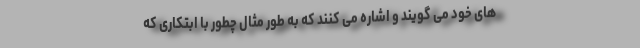
های خود می گویند و اشاره می کنند که به طور مثال چطور با ابتکاری که